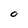
Character: O